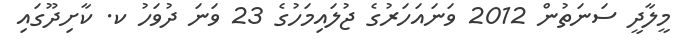
މީލާދީ ސަނަތުން 2012 ވަނައަހަރުގެ ޖުލައިމަހުގެ 23 ވަނަ ދުވަހު ކ. ކާށިދޫގައި